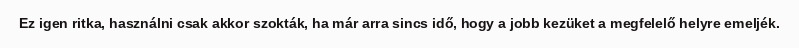
Ez igen ritka, használni csak akkor szokták, ha már arra sincs idő, hogy a jobb kezüket a megfelelő helyre emeljék.